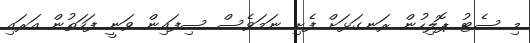
މި ސެޓު ޕޮލިހުން ރަނގަޅަށް ފެށި ނަމަވެސް ސިފައިން ވަނީ ފަހަތުން އަރައި